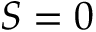
S = 0